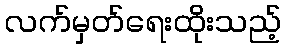
လက်မှတ်ရေးထိုးသည့်